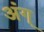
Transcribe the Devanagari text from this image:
अंग्